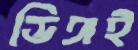
ডিঙ্গই